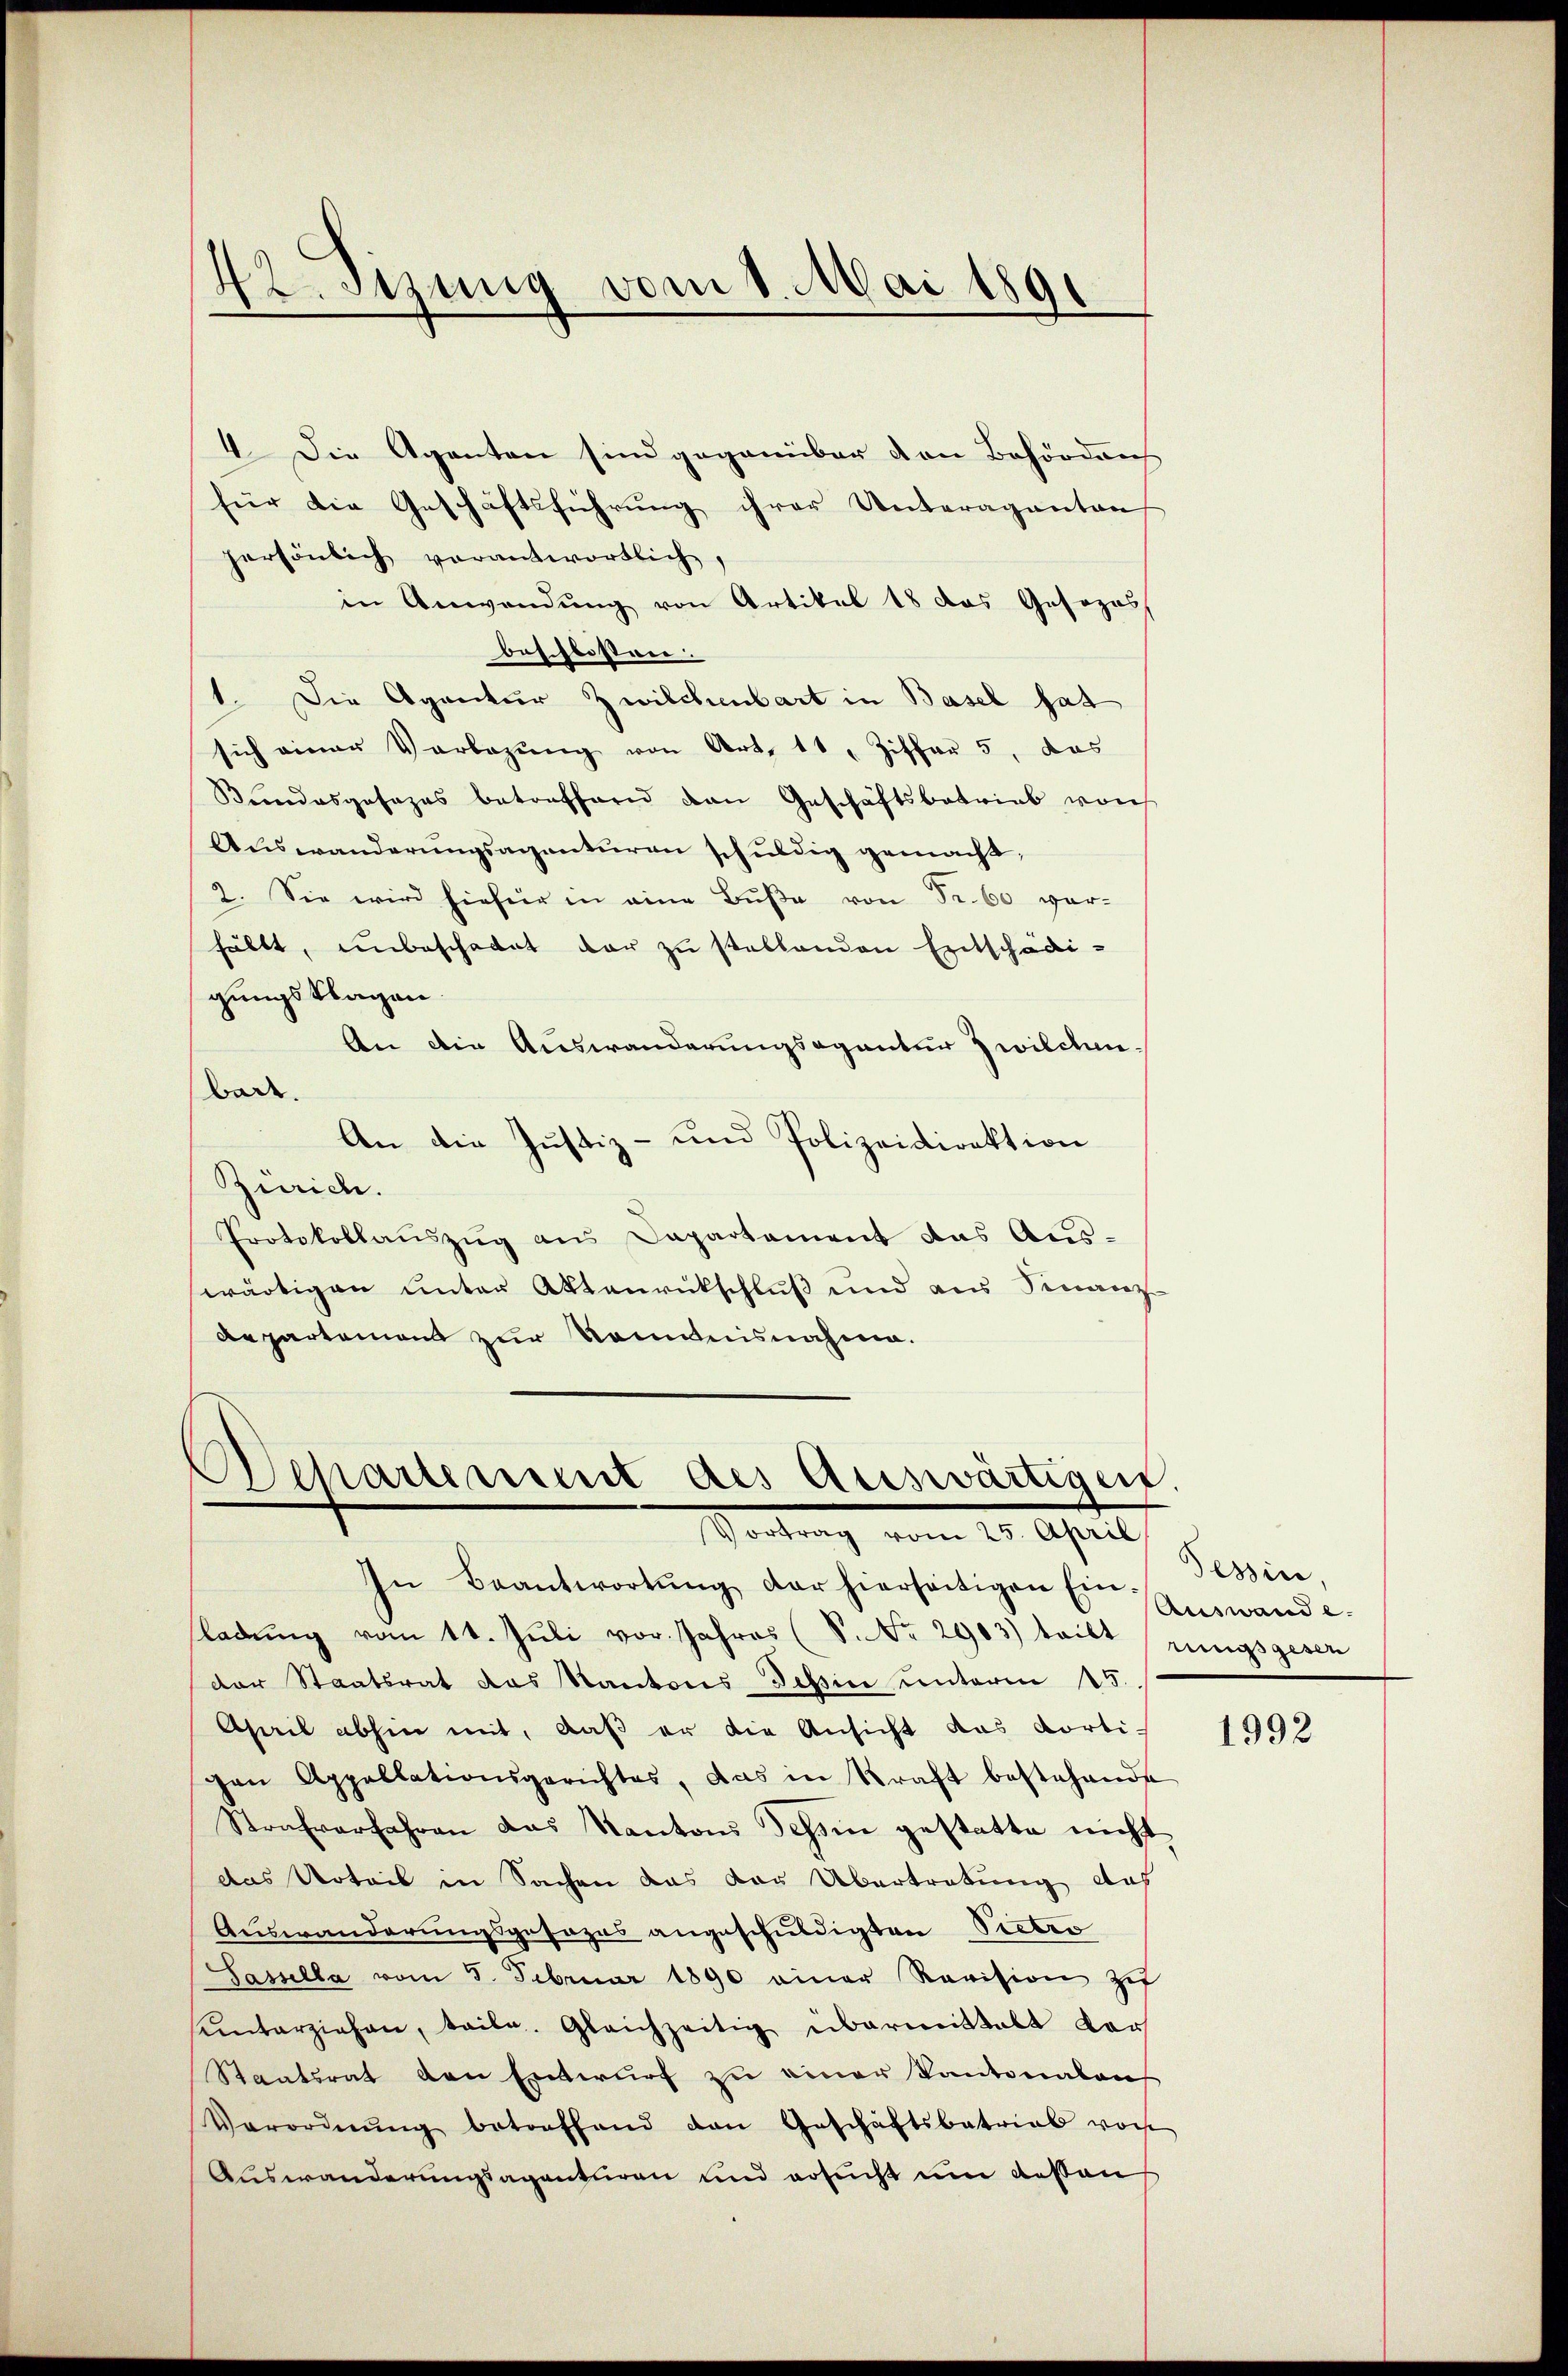
42. Sizung vom 1. Mai 1890

4. Die Agenten sind gegenüber den Behördens
für die Geschäftsführung ihrer Unteraganten
persönlich verantwortlich,
in Anwendung von Artikel 18 das Gosozas
beschlister |
1. Die Agentur Zwilchenbart in Basel hat
sich einer Vorlegŭng von Art. 11, Ziffer 5, das
Bundesgesezes betreffend den Geschäftsbetrieb von
Aŭswanderŭngsagenturen schŭldig gemacht,
2. Sie wird hiefür in eine Bŭβe von Fr. 60 vor-
fällt, unbeschadet dar zu stellenden Entschädi-
gungsklagen.
An die Auswanderungsagantur Zwilchen.
bade.
An die Justiz- und Polizeidirektion
Zürich.
Protokollauszug aus Dapartament das Aus-
wärtigen unter Aktenrückschluß und aus Finanz-
Repartement zur Kenntnisnahme.

Departement des Auswärtigen.
Vortrag vom 25. April

In Beantwortŭng der hierseitigen Ein-
sladŭng vom 11. Juli vor. Jahres (S. Nr. 2903) teilt ringsgesen
der Staatsrat das Kantons Tessin unterm 15.
Aseil abhin mit, daß er die Ansicht das Korti-
gen Appellationsgerichtes, das in Kraft bestehende
Strafverfahren das Kantons Schon gestatte nicht
das Urteil in Sachen das der Übertretung dah
Auswanderungsgesages angeschuldigten Pietro
Passella vom 5. Februar 1890 einer Revision zu
sunterziehen, teile. Gleichzeitig übermittalt vor
Staatsrat den Entwurf zu einer Kantonalauf
Verordnŭng betreffend den Geschäftsbetrieb von
Auswanderungsagenturen und ersucht um dessen

Tessin.
Auswande.

1992